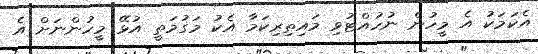
އެކަމަކު އެ މީހުން ނުހުއްޓުވި މައިތިރިކަމާ އެކު މަގުމަތީ އުޅޭ މީހުންނަށް އެ